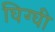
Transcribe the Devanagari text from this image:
घिग्घी